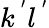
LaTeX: k^{\, ^{\prime}}l^{\, ^{\prime}}